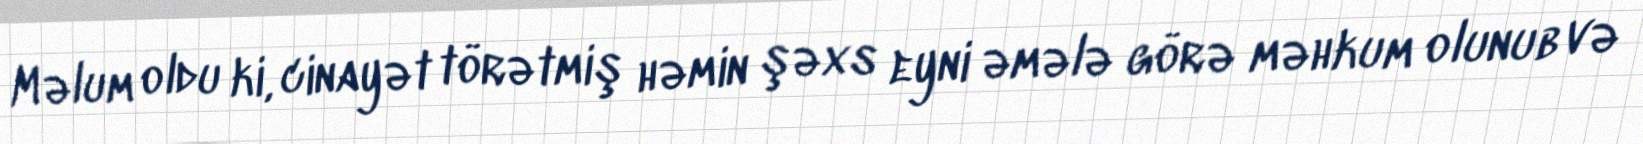
Məlum oldu ki, cinayət törətmiş həmin şəxs eyni əmələ görə məhkum olunub və